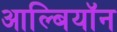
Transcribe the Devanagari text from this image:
आल्बियॉन